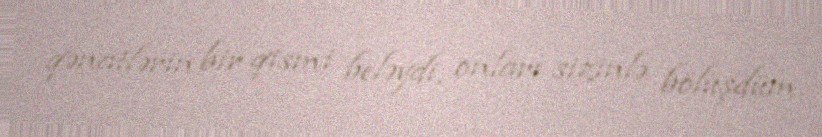
qənatlərin bir qismi beləydi, onları sizinlə bölüşdüm.